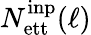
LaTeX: N_{\mathrm{ett}}^{\mathrm{inp}}(\ell)